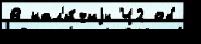
В нал'и́чиjи Ч2 об